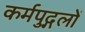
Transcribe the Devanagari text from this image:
कर्मपुद्गलों